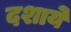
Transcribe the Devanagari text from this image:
दशाये